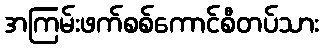
အကြမ်းဖက်စစ်ကောင်စီတပ်သား